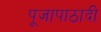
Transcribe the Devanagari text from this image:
पूजापाठादी